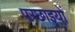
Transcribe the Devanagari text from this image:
परछाइयों